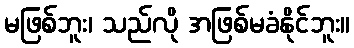
မဖြစ်ဘူး၊ သည်လို အဖြစ်မခံနိုင်ဘူး။